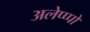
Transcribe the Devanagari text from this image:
अलेप्प्पो